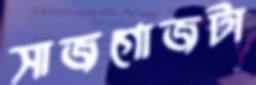
সাজগোজটা